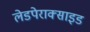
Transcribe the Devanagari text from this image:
लेडपेराक्साइड